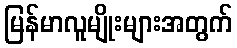
မြန်မာလူမျိုးများအတွက်